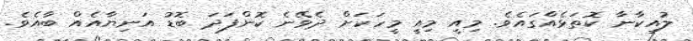
ލުއިކާނާ ކޮތަޅެއްގައެވެ. މިއީ މިއީ މީހަކަށް ދެވޭނެ ކޮންފަދަ ބޮޑު އަނިޔާއެއް ބާއެވެ.